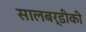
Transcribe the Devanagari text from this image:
सालबर्डीकी